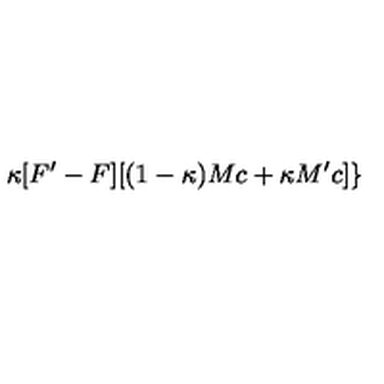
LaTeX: \kappa [ F ^ { \prime } - F ] [ ( 1 - \kappa ) M c + \kappa M ^ { \prime } c ] \}